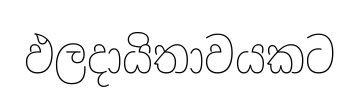
ඵලදායිතාවයකට